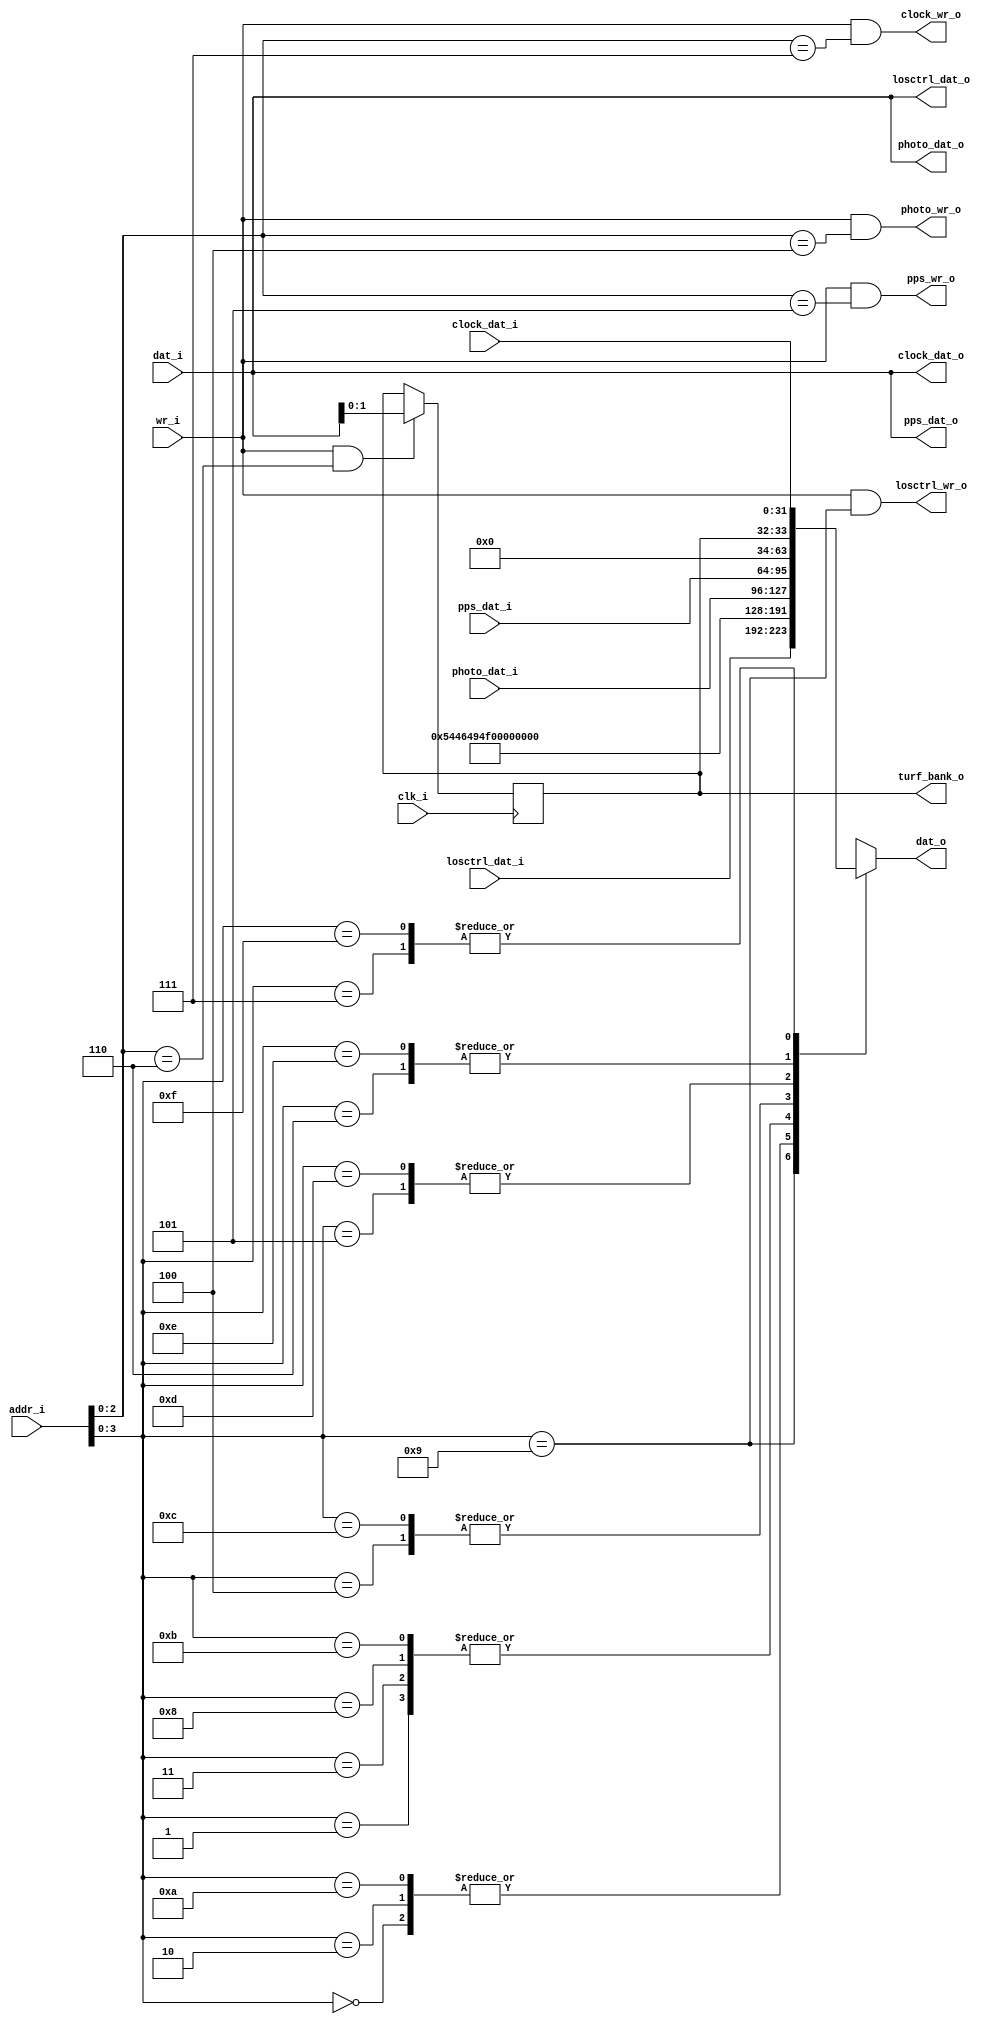
`timescale 1ns / 1ps
////////////////////////////////////////////////////////////////////////////////
// This file is a part of the Antarctic Impulsive Transient Antenna (ANITA)
// project, a collaborative scientific effort between multiple institutions. For
// more information, contact Peter Gorham (gorham@phys.hawaii.edu).
//
// All rights reserved.
//
// Author:
// Author:
////////////////////////////////////////////////////////////////////////////////
module TURFIOv3(
		input clk_i,
		input wr_i,
		input [5:0] addr_i,
		input [31:0] dat_i,
		output [31:0] dat_o,
		
		output losctrl_wr_o,
		output [31:0] losctrl_dat_o,
		input [31:0] losctrl_dat_i,

		output pps_wr_o,
		output [31:0] pps_dat_o,
		input [31:0] pps_dat_i,
		
		output photo_wr_o,
		output [31:0] photo_dat_o,
		input [31:0] photo_dat_i,
		
		output clock_wr_o,
		output [31:0] clock_dat_o,
		input [31:0] clock_dat_i,

		output [1:0] turf_bank_o
    );

	parameter [31:0] ID = "TFIO";
	parameter [31:0] VERSION = 32'h00000000;
	
	// 6 bits is 64 total registers. We use 16.
	wire [31:0] turfio_registers[15:0];
	
	// 2 are the ID/version registers.
	wire [31:0] turfio_id_registers[1:0];
	// 1 is the photo register.
	wire [31:0] photo_register = photo_dat_i;
	
	// 1 is the PPS register.
	wire [31:0] pps_register = pps_dat_i;
	
	// 1 is the TURF bank register.
	reg [1:0] turfbank = {2{1'b0}};
	wire [31:0] turfbank_register;
	assign turfbank_register = {{30{1'b0}},turfbank};
	
	// 1 is the clock register
	wire [31:0] clock_register = clock_dat_i;
	
	// 1 is the DPS register.
	wire [31:0] dps_register;
	assign dps_register = {32{1'b0}};
	
	always @(posedge clk_i) begin
		if (wr_i && (addr_i[2:0] == 3'h6)) turfbank <= dat_i[1:0];
	end
	
	assign turfio_registers[0] = turfio_id_registers[0];
	assign turfio_registers[1] = turfio_id_registers[1];
	assign turfio_registers[2] = turfio_registers[0];		// reserve
	assign turfio_registers[3] = turfio_registers[1];		// reserve
	assign turfio_registers[4] = photo_register;
	assign turfio_registers[5] = pps_register;
	assign turfio_registers[6] = turfbank_register;
	assign turfio_registers[7] = clock_register;
	assign turfio_registers[8] = dps_register;
	assign turfio_registers[9] = losctrl_dat_i;
	assign turfio_registers[10] = turfio_registers[2]; 	// reserve 1010
	assign turfio_registers[11] = turfio_registers[3];		// reserve 1011
	assign turfio_registers[12] = turfio_registers[4];		// reserve 1100
	assign turfio_registers[13] = turfio_registers[5];		// reserve
	assign turfio_registers[14] = turfio_registers[6];		// reserve
	assign turfio_registers[15] = turfio_registers[7];		// reserve
	assign dat_o = turfio_registers[addr_i[3:0]];
	
	assign turfio_id_registers[0] = ID;
	assign turfio_id_registers[1] = VERSION;
	
	assign losctrl_dat_o = dat_i;
	assign losctrl_wr_o = (wr_i && (addr_i[3:0] == 4'h9)); // 1001

	assign pps_dat_o = dat_i;
	assign pps_wr_o = (wr_i && (addr_i[2:0] == 3'h5));     // x101
	
	assign photo_dat_o = dat_i;
	assign photo_wr_o = (wr_i && (addr_i[2:0] == 3'h4));	 // x100
	
	assign clock_dat_o = dat_i;
	assign clock_wr_o = (wr_i && (addr_i[2:0] == 3'h7));   // x111
	
	assign turf_bank_o = turfbank;
endmodule